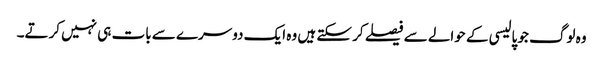
وہ لوگ جو پالیسی کے حوالے سے فیصلے کر سکتے ہیں وہ ایک دوسرے سے بات ہی نہیں کرتے۔